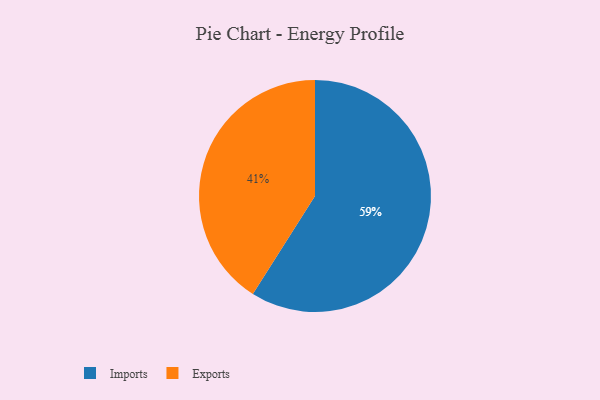
{"axis": {"x": "Category", "y": "Percentage"}, "legend": ["Exports", "Imports"], "data": [{"x": "Imports", "y": 59, "type": "Imports"}, {"x": "Exports", "y": 41, "type": "Exports"}]}